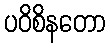
ပဝိစိနတော